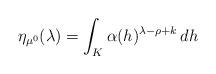
LaTeX: \begin{align*}\eta_{\mu^0} (\lambda) = \int_K \alpha (h)^{\lambda - \rho + k}\, d h\end{align*}